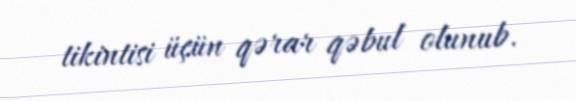
tikintisi üçün qərar qəbul olunub.